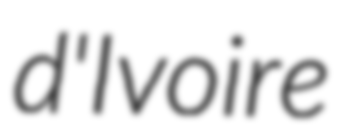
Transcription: d'Ivoire